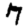
Digit: 7